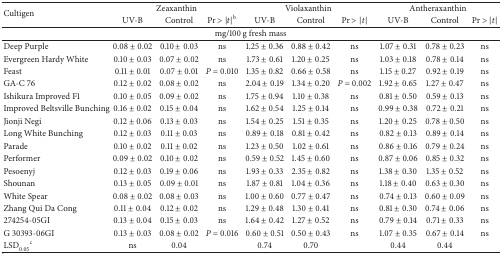
<table><thead><tr><td rowspan="2"><b>Cultigen</b></td><td colspan="3"><b>Zeaxanthin</b></td><td colspan="3"><b>Violaxanthin</b></td><td colspan="3"><b>Antheraxanthin</b></td></tr><tr><td><b>UV-B</b></td><td><b>Control</b></td><td><b>Pr &gt; |<i>t</i>|<sup>b</sup></b></td><td><b>UV-B</b></td><td><b>Control</b></td><td><b>Pr &gt; |<i>t</i>|</b></td><td><b>UV-B</b></td><td><b>Control</b></td><td><b>Pr &gt; |<i>t</i>|</b></td></tr></thead><tbody><tr><td colspan="10">mg/100 g fresh mass</td></tr><tr><td>Deep Purple</td><td>0.08 ± 0.02</td><td>0.10 ± 0.03</td><td>ns</td><td>1.25 ± 0.36</td><td>0.88 ± 0.42</td><td>ns</td><td>1.07 ± 0.31</td><td>0.78 ± 0.23</td><td>ns</td></tr><tr><td>Evergreen Hardy White</td><td>0.10 ± 0.03</td><td>0.07 ± 0.02</td><td>ns</td><td>1.73 ± 0.61</td><td>1.20 ± 0.25</td><td>ns</td><td>1.03 ± 0.18</td><td>0.78 ± 0.14</td><td>ns</td></tr><tr><td>Feast</td><td>0.11 ± 0.01</td><td>0.07 ± 0.01</td><td><i>P</i> = 0.010</td><td>1.35 ± 0.82</td><td>0.66 ± 0.58</td><td>ns</td><td>1.15 ± 0.27</td><td>0.92 ± 0.19</td><td>ns</td></tr><tr><td>GA-C 76</td><td>0.12 ± 0.02</td><td>0.08 ± 0.02</td><td>ns</td><td>2.04 ± 0.19</td><td>1.34 ± 0.20</td><td><i>P</i> = 0.002</td><td>1.92 ± 0.65</td><td>1.27 ± 0.47</td><td>ns</td></tr><tr><td>Ishikura Improved F1</td><td>0.10 ± 0.05</td><td>0.09 ± 0.02</td><td>ns</td><td>1.75 ± 0.94</td><td>1.10 ± 0.38</td><td>ns</td><td>0.81 ± 0.50</td><td>0.59 ± 0.13</td><td>ns</td></tr><tr><td>Improved Beltsville Bunching</td><td>0.16 ± 0.02</td><td>0.15 ± 0.04</td><td>ns</td><td>1.62 ± 0.54</td><td>1.25 ± 0.14</td><td>ns</td><td>0.99 ± 0.38</td><td>0.72 ± 0.21</td><td>ns</td></tr><tr><td>Jionji Negi</td><td>0.12 ± 0.06</td><td>0.13 ± 0.03</td><td>ns</td><td>1.54 ± 0.25</td><td>1.51 ± 0.35</td><td>ns</td><td>1.20 ± 0.25</td><td>0.78 ± 0.50</td><td>ns</td></tr><tr><td>Long White Bunching</td><td>0.12 ± 0.03</td><td>0.11 ± 0.03</td><td>ns</td><td>0.89 ± 0.18</td><td>0.81 ± 0.42</td><td>ns</td><td>0.82 ± 0.13</td><td>0.89 ± 0.14</td><td>ns</td></tr><tr><td>Parade</td><td>0.10 ± 0.02</td><td>0.11 ± 0.02</td><td>ns</td><td>1.23 ± 0.50</td><td>1.02 ± 0.61</td><td>ns</td><td>0.86 ± 0.16</td><td>0.79 ± 0.24</td><td>ns</td></tr><tr><td>Performer</td><td>0.09 ± 0.02</td><td>0.10 ± 0.02</td><td>ns</td><td>0.59 ± 0.52</td><td>1.45 ± 0.60</td><td>ns</td><td>0.87 ± 0.06</td><td>0.85 ± 0.32</td><td>ns</td></tr><tr><td>Pesoenyj</td><td>0.12 ± 0.03</td><td>0.19 ± 0.06</td><td>ns</td><td>1.93 ± 0.33</td><td>2.35 ± 0.82</td><td>ns</td><td>1.38 ± 0.30</td><td>1.35 ± 0.52</td><td>ns</td></tr><tr><td>Shounan</td><td>0.13 ± 0.05</td><td>0.09 ± 0.01</td><td>ns</td><td>1.87 ± 0.81</td><td>1.04 ± 0.36</td><td>ns</td><td>1.18 ± 0.40</td><td>0.63 ± 0.30</td><td>ns</td></tr><tr><td>White Spear</td><td>0.08 ± 0.02</td><td>0.08 ± 0.03</td><td>ns</td><td>1.00 ± 0.60</td><td>0.77 ± 0.47</td><td>ns</td><td>0.74 ± 0.13</td><td>0.60 ± 0.09</td><td>ns</td></tr><tr><td>Zhang Qui Da Cong</td><td>0.11 ± 0.04</td><td>0.12 ± 0.02</td><td>ns</td><td>1.29 ± 0.48</td><td>1.30 ± 0.41</td><td>ns</td><td>0.81 ± 0.30</td><td>0.74 ± 0.06</td><td>ns</td></tr><tr><td>274254-05GI</td><td>0.13 ± 0.04</td><td>0.15 ± 0.03</td><td>ns</td><td>1.64 ± 0.42</td><td>1.27 ± 0.52</td><td>ns</td><td>0.79 ± 0.14</td><td>0.71 ± 0.33</td><td>ns</td></tr><tr><td>G 30393-06GI</td><td>0.13 ± 0.03</td><td>0.08 ± 0.02</td><td><i>P</i> = 0.016</td><td>0.60 ± 0.51</td><td>0.50 ± 0.43</td><td>ns</td><td>1.07 ± 0.35</td><td>0.67 ± 0.14</td><td>ns</td></tr><tr><td>LSD<sub>0.05</sub><sup>c</sup></td><td>ns</td><td>0.04</td><td> </td><td>0.74</td><td>0.70</td><td> </td><td>0.44</td><td>0.44</td><td> </td></tr></tbody></table>